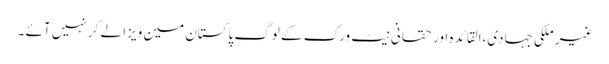
غیر ملکی جہادی،القائدہ اور حقانی نیٹ ورک کے لوگ پاکستان مین ویزا لے کر نہیں آئے ۔